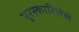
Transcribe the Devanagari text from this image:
पुरस्कारिलेले